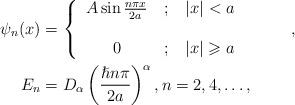
LaTeX: \begin{align*}\psi_{n}(x) & =\left\{\begin{tabular}[c]{ccc}$A\sin\frac{n\pi x}{2a}$ & $;$ & $\left\vert x\right\vert <a$\\& & \\$0$ & $;$ & $\left\vert x\right\vert \geqslant a$\end{tabular}\ \ \ \ \ \ \ \ \right. ,\\E_{n} & =D_{\alpha}\left( \frac{\hslash n\pi}{2a}\right) ^{\alpha},n=2,4,\ldots,\end{align*}